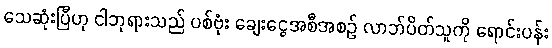
သေဆုံးပြီဟု ငါဘုရားသည် ပစ်ဗုံး ချေးငွေအစီအစဉ် လာဘ်ပိတ်သူကို ရောင်းပန်း